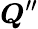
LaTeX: \boldsymbol{Q}^{\prime\prime}